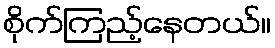
စိုက်ကြည့်နေတယ်။